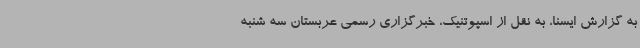
به گزارش ایسنا، به نقل از اسپوتنیک، خبرگزاری رسمی عربستان سه شنبه